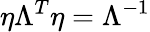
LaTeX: \eta\Lambda^{T}\eta=\Lambda^{-1}